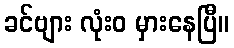
ခင်ဗျား လုံးဝ မှားနေပြီ။